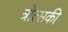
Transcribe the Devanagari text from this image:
त्रोत्सकी